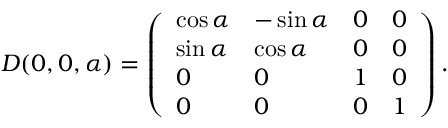
D ( 0 , 0 , \alpha ) = \left( \begin{array} { l l l l } { { \cos \alpha } } & { { - \sin \alpha } } & { { 0 } } & { { 0 } } \\ { { \sin \alpha } } & { { \cos \alpha } } & { { 0 } } & { { 0 } } \\ { { 0 } } & { { 0 } } & { { 1 } } & { { 0 } } \\ { { 0 } } & { { 0 } } & { { 0 } } & { { 1 } } \end{array} \right) .